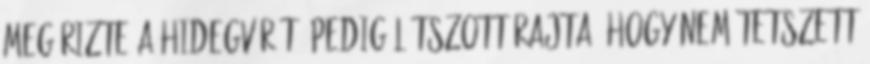
megőrizte a hidegvérét, pedig látszott rajta, hogy nem tetszett